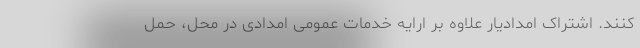
کنند. اشتراک امدادیار علاوه بر ارایه خدمات عمومی امدادی در محل، حمل